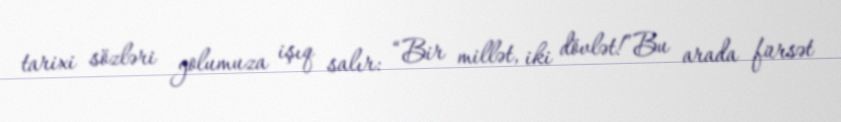
tarixi sözləri yolumuza işıq salır: “Bir millət, iki dövlət!”Bu arada fürsət